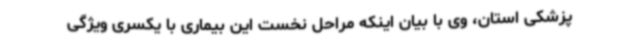
پزشکی استان، وی با بیان اینکه مراحل نخست این بیماری با یکسری ویژگی